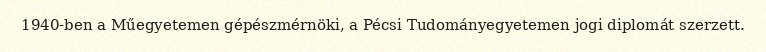
1940-ben a Műegyetemen gépészmérnöki, a Pécsi Tudományegyetemen jogi diplomát szerzett.